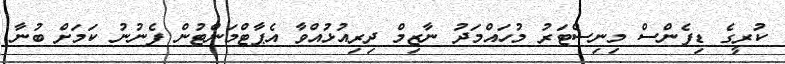
ކުރީގެ ޑިފެންސް މިނިސްޓަރު މުހައްމަދު ނާޒިމް ދިރިއުޅުއްވާ އެޕާޓްމަންޓުން ފެނުނު ކަމަށް ބުނާ